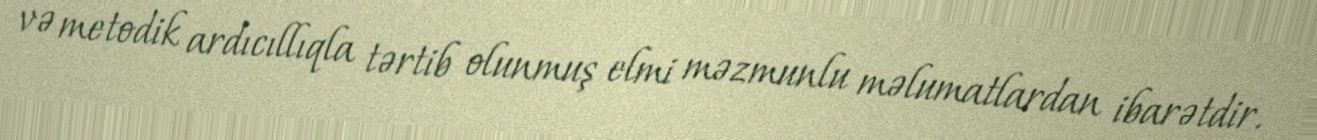
və metodik ardıcıllıqla tərtib olunmuş elmi məzmunlu məlumatlardan ibarətdir.